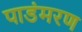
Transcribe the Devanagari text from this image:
पाडंमरण